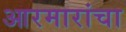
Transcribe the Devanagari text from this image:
आरमारांचा